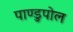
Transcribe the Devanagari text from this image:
पाण्डुपोल